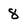
Character: 8